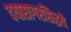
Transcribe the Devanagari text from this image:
दयासागरसिद्धये